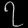
Digit: ၇